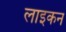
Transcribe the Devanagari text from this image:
लाइकन